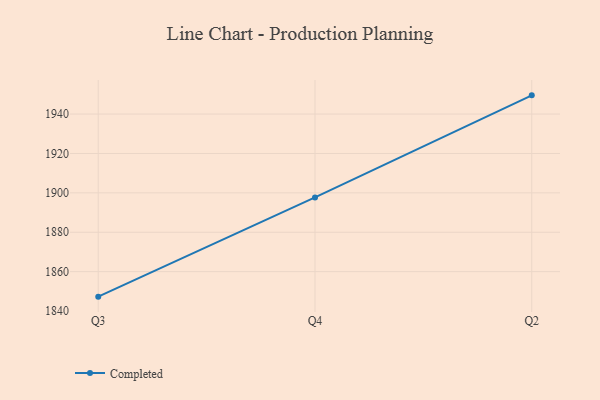
{"axis": {"x": "Quarter", "y": "Page Views"}, "legend": ["Completed"], "data": [{"x": "Q3", "y": 1847.3, "type": "Completed"}, {"x": "Q4", "y": 1897.7, "type": "Completed"}, {"x": "Q2", "y": 1949.5, "type": "Completed"}]}